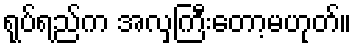
ရုပ်ရည်က အလှကြီးတော့မဟုတ်။